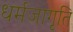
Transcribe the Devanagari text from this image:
धर्मजागृति